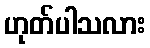
ဟုတ်ပါသလား